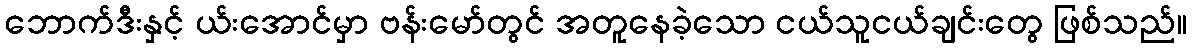
ဘောက်ဒီးနှင့် ယ်းအောင်မှာ ဗန်းမော်တွင် အတူနေခဲ့သော ငယ်သူငယ်ချင်းတွေ ဖြစ်သည်။